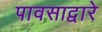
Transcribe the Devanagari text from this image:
पावसाद्वारे